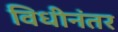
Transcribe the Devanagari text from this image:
विधीनंतर